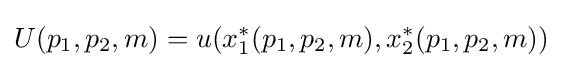
\,\!U(p_{1},p_{2},m)=u(x_{1}^{*}(p_{1},p_{2},m),x_{2}^{*}(p_{1},p_{2},m))